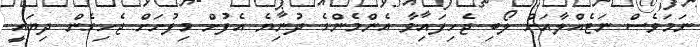
ނަމަވެސް ނަޓެއްލާއަށް ލޯބި ޖެހިފައިވާ އެންމެންގެ ދުނިޔެ އެފުށް މިފުށަށް ޖެހިގެން ދިޔައީ